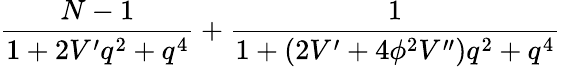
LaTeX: \frac{N-1}{1+2V^{\prime}q^{2}+q^{4}}+\frac{1}{1+(2V^{\prime}+4\phi^{2}V^{\prime\prime})q^{2}+q^{4}}